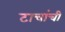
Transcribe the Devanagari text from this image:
टाचांची